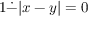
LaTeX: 1 { \dot { - } } | x - y | = 0